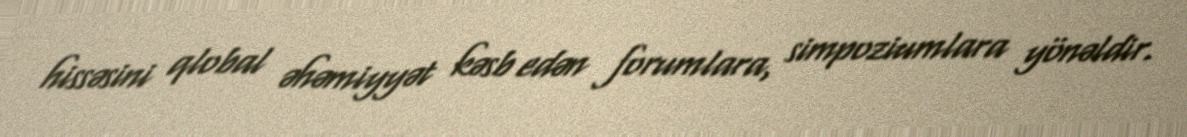
hissəsini qlobal əhəmiyyət kəsb edən forumlara, simpoziumlara yönəldir.